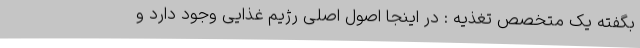
بگفته یک متخصص تغذیه : در اینجا اصول اصلی رژیم غذایی وجود دارد و